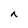
Character: n